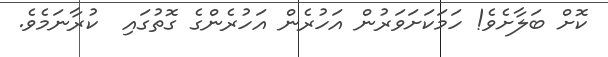
ކޮށް ބަލާށެވެ! ހަމަކަށަވަރުން އަހުރެން އަހުރެންގެ ގޮތުގައި  ކުރާނަމެވެ.